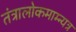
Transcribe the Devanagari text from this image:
तंत्रालोकमाम्न्यत्र